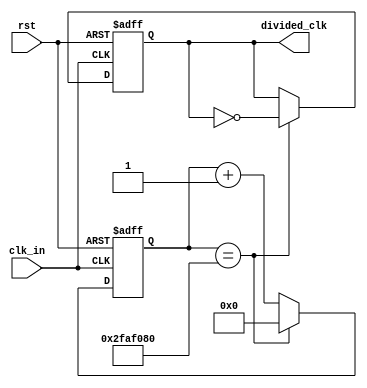
`timescale 1ns / 1ps
//////////////////////////////////////////////////////////////////////////////////
// Company: 
// Engineer: 
// 
// Design Name: 
// Module Name: clk_divider
// Project Name: 
// Target Devices: 
// Tool Versions: 
// Description: 
// 
// Dependencies: 
// 
// Revision:
// Revision 0.01 - File Created
// Additional Comments:
// 
//////////////////////////////////////////////////////////////////////////////////

module clk_divider(
	input clk_in,
	input rst,
	output reg divided_clk
    );
	 
	 
parameter toggle_value = 50000000; // TODO: Calculate correct value
//parameter toggle_value = 5; // TODO: Calculate correct value

	 
reg[32:0] cnt;

always@(posedge clk_in or posedge rst)
begin
	if (rst==1) begin
		cnt <= 0;
		divided_clk <= 0;
	end
	else begin
		if (cnt==toggle_value) begin
			cnt <= 0;
			divided_clk <= ~divided_clk;
		end
		else begin
			cnt <= cnt +1;
			divided_clk <= divided_clk;		
		end
	end

end
			  
	


endmodule